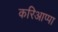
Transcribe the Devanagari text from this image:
करिआप्पा